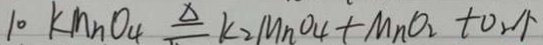
1 0 K M n O _ { 4 } \xlongequal { \Delta } K _ { 2 } M n O _ { 4 } + M n O _ { 2 } + O _ { 2 } \uparrow